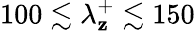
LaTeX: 100\lesssim\lambda_{\mathbf{z}}^{+}\lesssim150